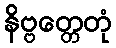
နိဗ္ဗတ္တေတုံ